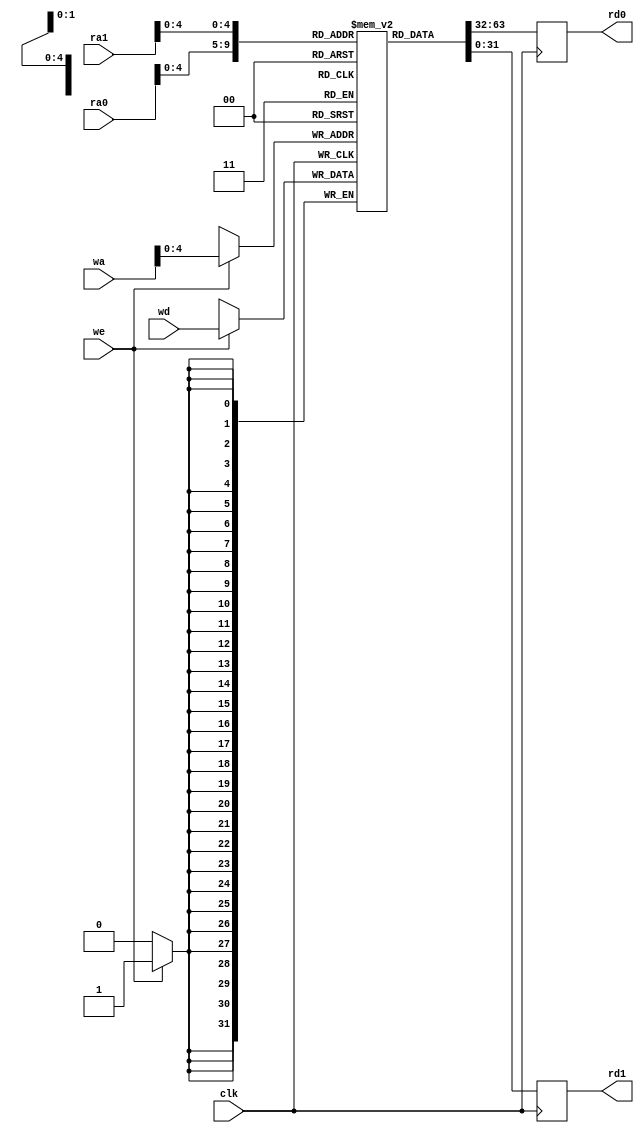
module vram (
    input              clk,
    input       [18:0] ra0,
    output reg  [31:0] rd0,
    input       [18:0] ra1,
    output reg  [31:0] rd1,

    input       [18:0] wa,
    input       [31:0] wd,
    input              we);
    
    reg [31:0] ram [2^19-1:0];

    always @(posedge clk) begin
        rd0 <= ram[ra0];
        rd1 <= ram[ra1];

        if (we) ram[wa] <= wd;
    end

endmodule